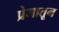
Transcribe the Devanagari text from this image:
प्रेमातून